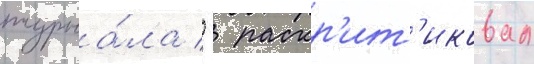
журна́ла   раскр'ит'иковал